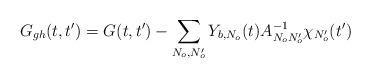
LaTeX: \begin{align*}G_{gh}(t,t')=G(t,t')-\sum_{N_o,N_o'}Y_{b,N_o}(t)A_{N_oN_o'}^{-1}\chi_{N_o'}(t')\end{align*}